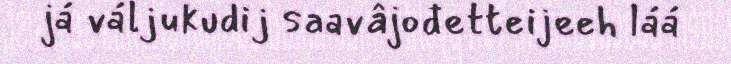
já váljukudij saavâjođetteijeeh láá